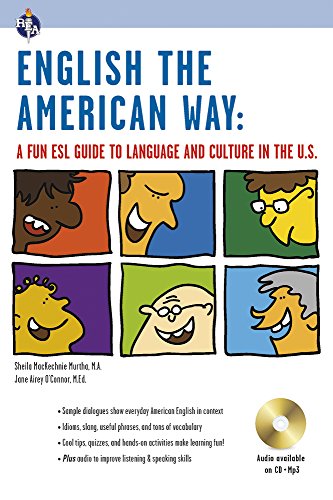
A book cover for English the American Way: A Fun ESL Guide to Language & Culture in the U.S. w/Audio CD & MP3 (English as a Second Language Series); Sheila MacKechnie Murtha M.A.; Test Preparation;